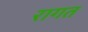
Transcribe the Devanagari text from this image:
रागत